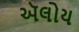
ઍલોય